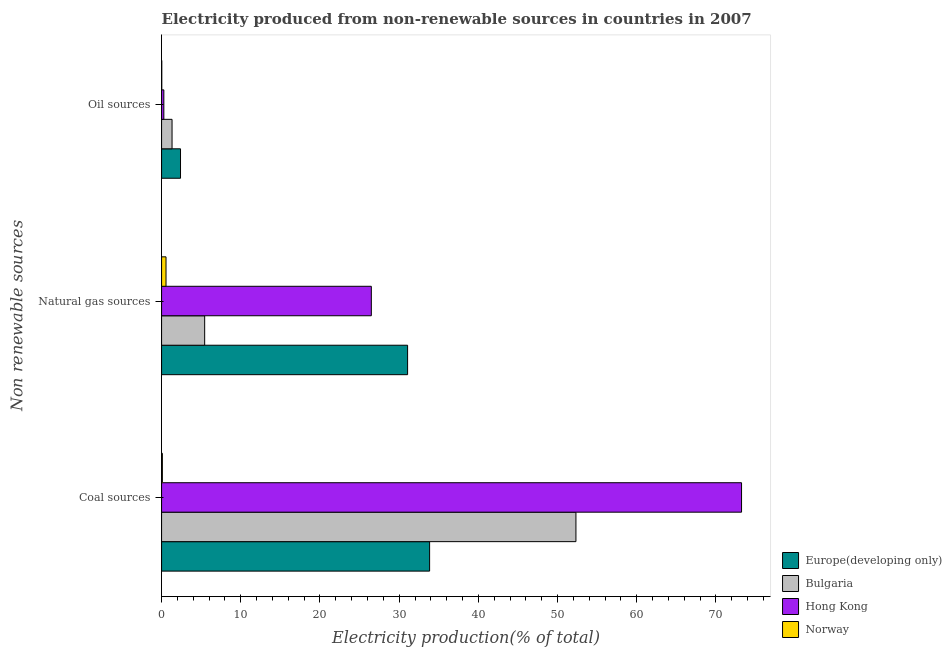
| Non renewable sources | Europe(developing only) | Bulgaria | Hong Kong | Norway |
 | --- | --- | --- | --- | --- |
 | Coal sources | 33.8 | 52.3 | 73.2 | 0.101 |
 | Natural gas sources | 31.1 | 5.44 | 26.5 | 0.561 |
 | Oil sources | 2.39 | 1.32 | 0.288 | 0.0257 |